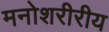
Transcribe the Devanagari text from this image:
मनोशरीरीय